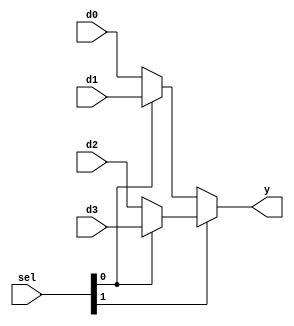
module mux4
  #(parameter WIDTH = 8)
   (d0,d1,d2,d3,sel,y);

   input [WIDTH-1:0] d0;
   input [WIDTH-1:0] d1;
   input [WIDTH-1:0] d2;
   input [WIDTH-1:0] d3;
   input [1:0]	     sel;
   output [WIDTH-1:0] y;

   assign y = sel[1] ? (sel[0] ? d3 : d2) : (sel[0] ? d1 : d0);   

endmodule